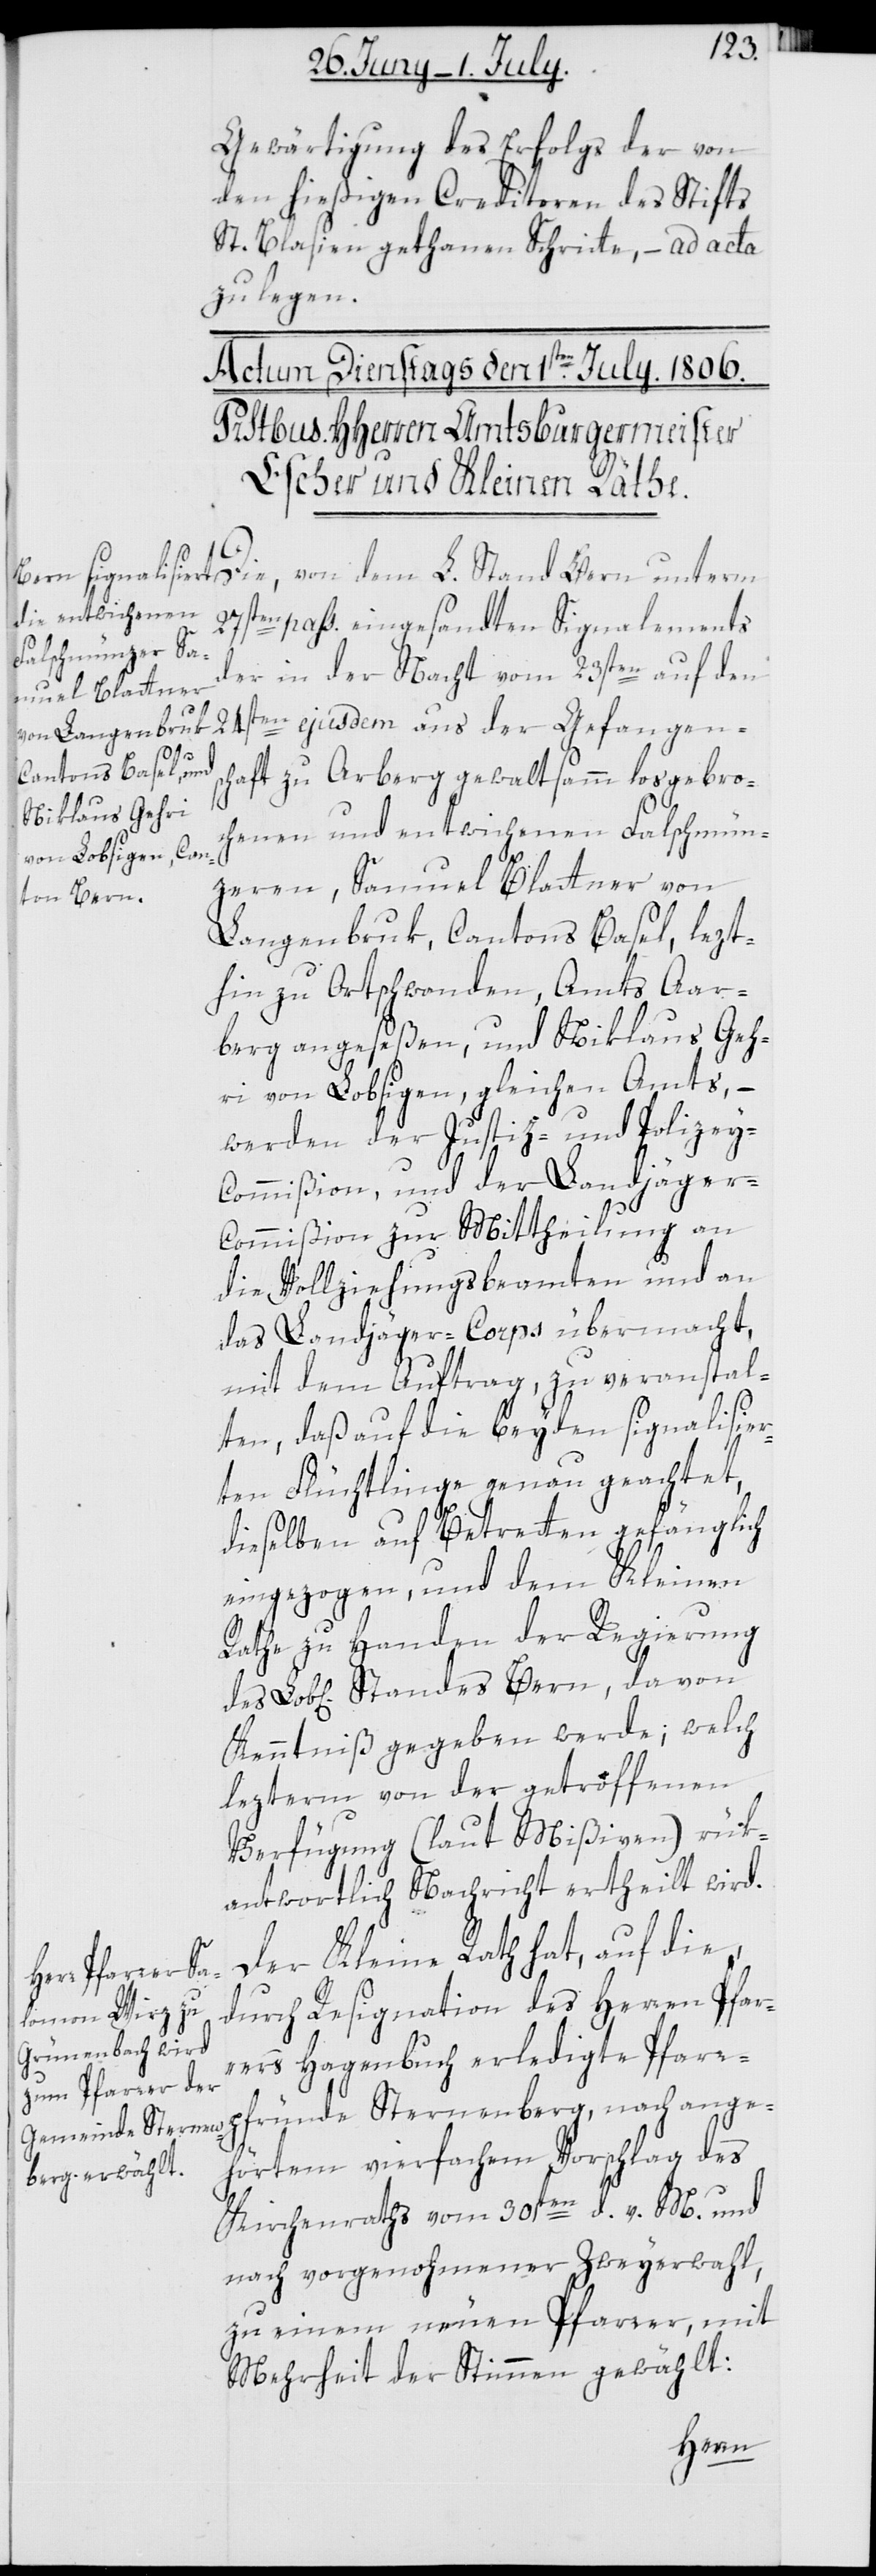
Gewärtigung des Erfolgs der von
den hießigen Creditoren des Stifts
St. Blasien gethanen Schritte, – ad acta
zu legen.
Die, von dem L. Stand Bern unterm
27sten pass. eingesandten Signalements
der in der Nacht vom 23sten auf den
24sten ejusdem aus der Gefangens¬
chaft zu Aarberg gewaltsamm losgebro¬
chenen und entwichenen Falschmün¬
zeren, Samuel Blattner von
Langenbruk, Cantons Basel, lezt¬
hin zu Ortschwanden, Amts Aar¬
berg angeseßen, und Niklaus Geh¬
ri von Lobsigen, gleichen Amts, –
werden der Justiz- und Polizey-C¬
ommißion, und der Landjäge¬
r-Commißion zur Mittheilung an
die Vollziehungsbeamten und an
das Landjäger-Corps übermacht,
mit dem Auftrag, zu veranstal¬
ten, daß auf die beyden signalisier¬
ten Flüchtlinge genau geachtet,
dieselben auf Betretten gefänglich
eingezogen, und dem Kleinen
Rathe zu Handen der Regierung
Kenntniß gegeben werde; welch
lezterm von der getroffenen
Verfügung (laut Mißiven) rük¬
antwortlich Nachricht ertheilt wird.
Der Kleine Rath hat, auf die,
durch Resignation des Herren Pfar¬
rers Hagenbuch erledigte Pfarr¬
pfründe Sternenberg, nach ange¬
hörtem vierfachen Vorschlag des
Kirchenraths vom 30sten d. v. M. und
nach vorgenohmener Zweyerwahl,
zu einem neuen Pfarrer, mit
Mehrheit der Stimmen gewählt:
Bern,